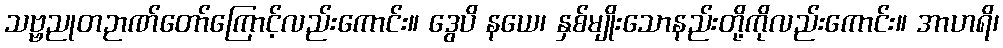
သဗ္ဗညုတဉာဏ်တော်ကြောင့်လည်းကောင်း။ ဒွေပိ နယေ၊ နှစ်မျိုးသောနည်းတို့ကိုလည်းကောင်း။ အာဟရိ၊